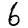
Digit: 6